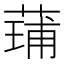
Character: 𮐢